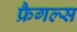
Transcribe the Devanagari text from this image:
फ्रैगल्स